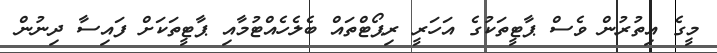
މީގެ އިތުރުން ވެސް ޕާޓީތަކުގެ އަހަރީ ރިޕޯޓްތައް ބެލެހެއްޓުމާއި ޕާޓީތަކަށް ފައިސާ ދިނުން